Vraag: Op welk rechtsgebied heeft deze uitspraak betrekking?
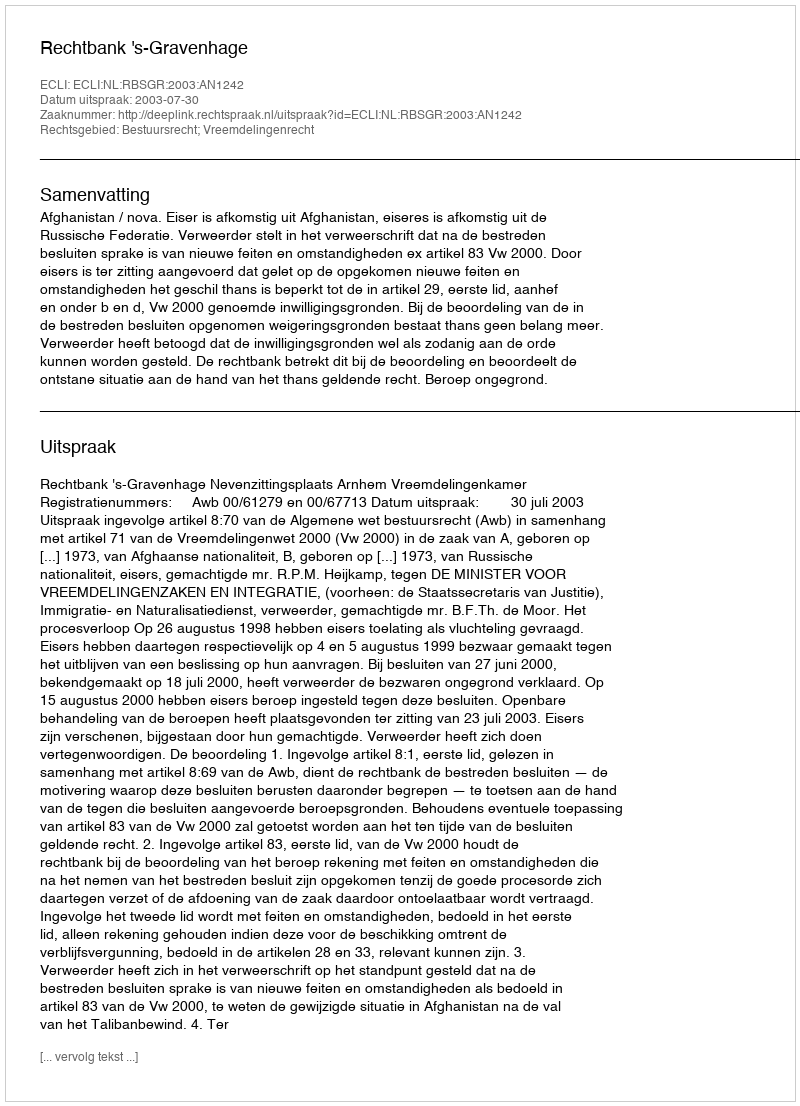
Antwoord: Bestuursrecht; Vreemdelingenrecht